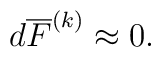
d\overline{F}^{(k)} \approx 0.